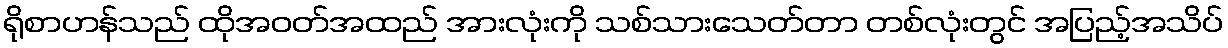
ရိုစာဟန်သည် ထိုအဝတ်အထည် အားလုံးကို သစ်သားသေတ်တာ တစ်လုံးတွင် အပြည့်အသိပ်